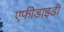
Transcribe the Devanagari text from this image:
एफीडाइडी